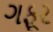
ગફૂર